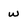
Character: w